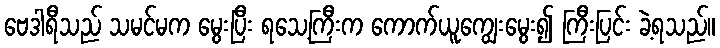
ဗေဒါရီသည် သမင်မက မွေးပြီး ရသေ့ကြီးက ကောက်ယူကျွေးမွေး၍ ကြီးပြင်း ခဲ့ရသည်။